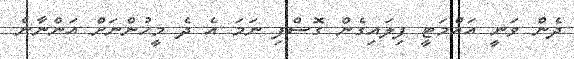
ދެން ވަނީ އައްމަޓީ ފިލައިގެން ގޮސްފި ނަމަ އެ ދެ މީހުންނަށް އަންނާނެ